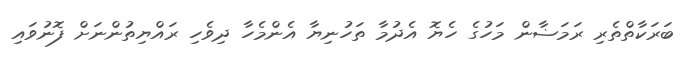
ބަރަކާތްތެރި ރަމަޟާން މަހުގެ ހެޔޮ އެދުމާ ތަހުނިޔާ އެންމެހާ ދިވެހި ރައްޔިތުންނަށް ފޮނުވައި